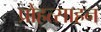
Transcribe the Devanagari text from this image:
प्रोहत्साहन